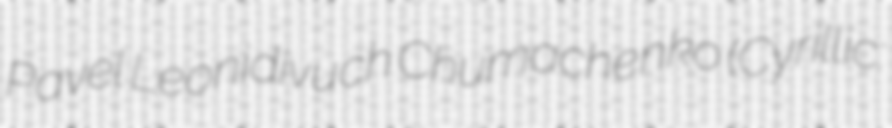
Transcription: Pavel Leonidivuch Chumachenko (Cyrillic: